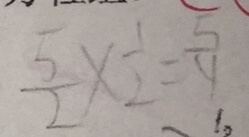
\frac { 5 } { 2 } \times \frac { 1 } { 2 } = \frac { 5 } { 4 }